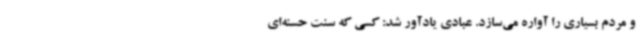
و مردم بسیاری را آواره می‌سازد. عبادی یادآور شد: کسی که سنت حسنه‌ای